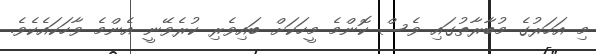
މި އަހަރުގެ މުބާރާތުގައި ވެސް ކޮންމެ މީހަކަށް ބައިވެރި ކުރެވޭނީ އެންމެ ވާހަކައެކެވެ.